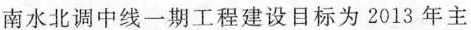
南水北调中线一期工程建设目标为2013年主